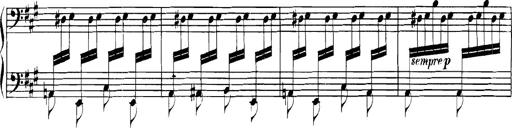
Title: Spinnerlied aus dem Fliegenden HollÃ¤nder
Composer: Franz Liszt